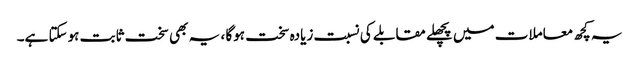
یہ کچھ معاملات میں پچھلے مقابلے کی نسبت زیادہ سخت ہوگا ، یہ بھی سخت ثابت ہوسکتا ہے۔